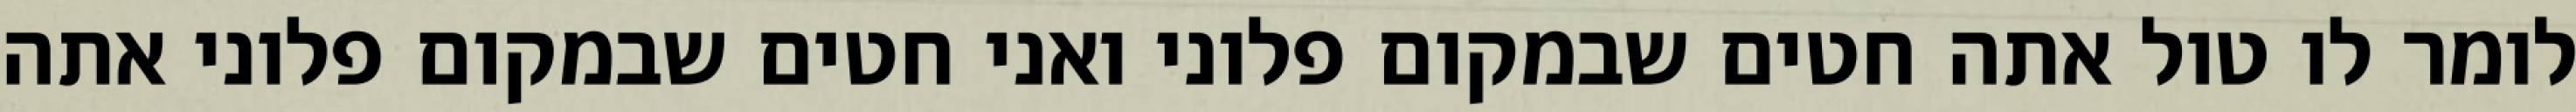
לומר לו טול אתה חטים שבמקום פלוני ואני חטים שבמקום פלוני אתה